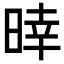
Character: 𣈑